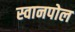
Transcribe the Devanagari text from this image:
स्वानपोल